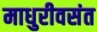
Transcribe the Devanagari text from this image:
माधुरीवसंत